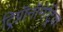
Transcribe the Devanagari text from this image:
ट्रिग्नॉनॉमेट्रिक